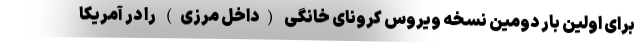
برای اولین بار دومین نسخه ویروس کرونای خانگی (داخل مرزی) را در آمریکا